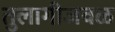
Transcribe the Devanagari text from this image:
तुलागीजवळ